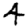
Digit: 4